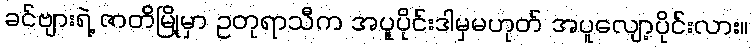
ခင်ဗျားရဲ့ ဇာတိမြို့မှာ ဥတုရာသီက အပူပိုင်းဒါမှမဟုတ် အပူလျော့ပိုင်းလား။